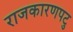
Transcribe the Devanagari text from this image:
राजकारणपटु